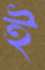
ই